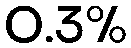
0.3%